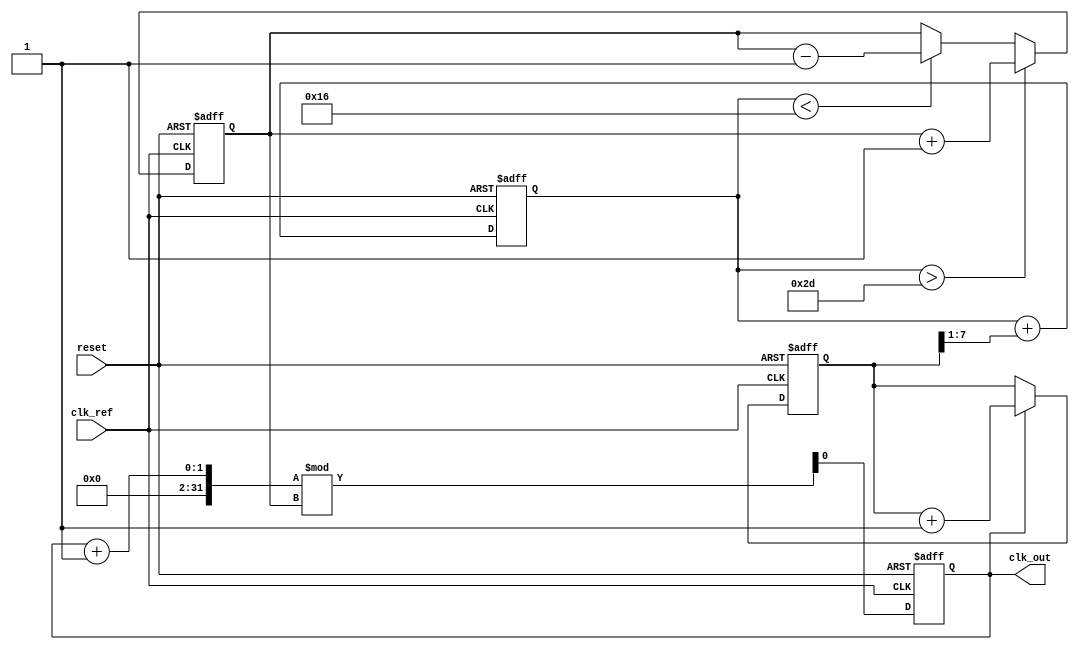
module PLL (
    input wire clk_ref,          // Reference clock input
    input wire reset,            // Reset signal
    output reg clk_out           // Output clock
);

// Parameters
parameter PHASE_WIDTH = 8;     // Width of the phase error signal
parameter VCO_MAX_FREQ = 100;   // Maximum frequency for VCO
parameter VCO_MIN_FREQ = 10;    // Minimum frequency for VCO
parameter VCO_STEP = 1;          // Frequency step for VCO

// Internal signals
reg [PHASE_WIDTH-1:0] phase_error;  // Phase error signal
reg [7:0] control_voltage;           // Control voltage for VCO
reg [7:0] vco_frequency;             // Current frequency of the VCO
reg [7:0] memory_block;              // Memory block for storing phase info

// Phase Detector (PD)
always @(posedge clk_ref or posedge reset) begin
    if (reset) begin
        phase_error <= 0;
    end else begin
        // Compare phase of clk_ref and clk_out (simplified comparison)
        if (clk_out) begin
            phase_error <= phase_error + 1; // Increment error for phase difference
        end
    end
end

// Loop Filter (LF)
always @(posedge clk_ref or posedge reset) begin
    if (reset) begin
        control_voltage <= 0;
    end else begin
        // Simple low-pass filter (integrator)
        control_voltage <= control_voltage + (phase_error >> 1); // Adjust control voltage based on phase error
    end
end

// Voltage-Controlled Oscillator (VCO)
always @(posedge clk_ref or posedge reset) begin
    if (reset) begin
        vco_frequency <= VCO_MIN_FREQ; // Start at minimum frequency
        clk_out <= 0; // Initialize output clock
    end else begin
        // Adjust VCO frequency based on control voltage
        if (control_voltage > (VCO_MAX_FREQ - VCO_MIN_FREQ) / 2) begin
            vco_frequency <= vco_frequency + VCO_STEP; // Increase frequency
        end else if (control_voltage < (VCO_MAX_FREQ - VCO_MIN_FREQ) / 4) begin
            vco_frequency <= vco_frequency - VCO_STEP; // Decrease frequency
        end
        
        // Generate output clock based on VCO frequency
        clk_out <= (clk_out + 1) % vco_frequency; // Simple frequency divider for output clock
    end
end

// Memory Block for storing phase information
always @(posedge clk_ref or posedge reset) begin
    if (reset) begin
        memory_block <= 0; // Clear memory on reset
    end else begin
        memory_block <= phase_error; // Store phase error in memory block
    end
end

endmodule